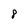
Character: 8